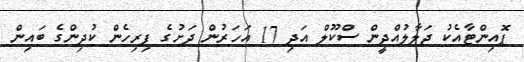
ޕޮއިންޓާއެކު ޖަލާލުއްދީން ސްކޫލް އަދި 17 އަހަރުން ދަށުގެ ފިރިހެން ކުދިންގެ ބައިން